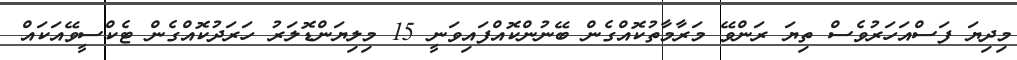
މިދިޔަ ފަސްއަހަރުވެސް ތިޔަ ރަންވޭ މަރާމާތުކޮއްގެން ބޭނުންކޮއްފައިވަނީ 15 މިލިޔަންޑޮލަރު ހަރަދުކޮއްގެން ޓެކްސީވޭއަކައް